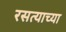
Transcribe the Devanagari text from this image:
रसत्याच्या